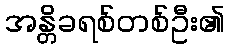
အန္တိခရစ်တစ်ဦး၏